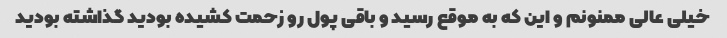
خیلی عالی ممنونم و این که به موقع رسید و باقی پول رو زحمت کشیده بودید گذاشته بودید